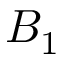
B _ { 1 }